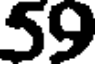
59